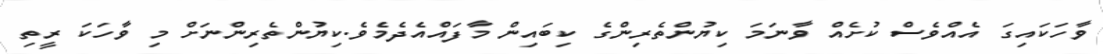
ވާހަކައިގަ އެއްވެސް ކުށެއް ވާނަމަ ކިޔުންތެރިންގެ ކިބައިން މާފައްއެދެމެވެ.ކިޔުންތެރިންނަށް މި ވާހަކަ ރީތި